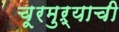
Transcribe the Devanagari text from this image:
चूरमुऱ्याची